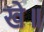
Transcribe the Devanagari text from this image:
खे॥